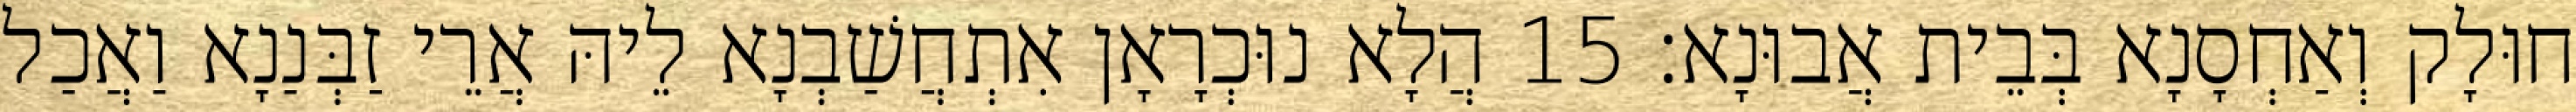
חוּלָק וְאַחְסָנָא בְּבֵית אֲבוּנָא׃ 15 הֲלָא נוּכְרָאָן אִתְחֲשַׁבְנָא לֵיהּ אֲרֵי זַבְּנַנָא וַאֲכַל